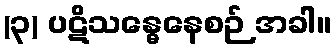
(၃) ပဋိသန္ဓေနေစဉ် အခါ။